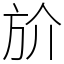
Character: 斺